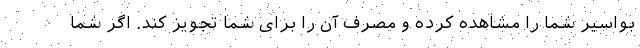
بواسیر شما را مشاهده کرده و مصرف آن را برای شما تجویز کند. اگر شما